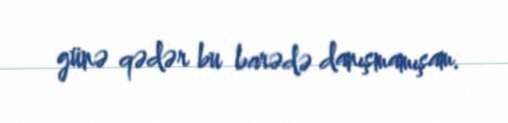
günə qədər bu barədə danışmamışam.